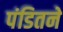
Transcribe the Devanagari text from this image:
पंडितने